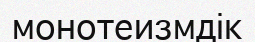
монотеизмдік